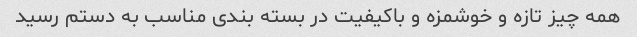
همه چیز تازه و خوشمزه و باکیفیت در بسته بندی مناسب به دستم رسید